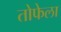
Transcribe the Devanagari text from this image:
तोफेला